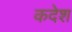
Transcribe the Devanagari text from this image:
कदेश